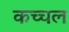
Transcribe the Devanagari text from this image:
कच्चल